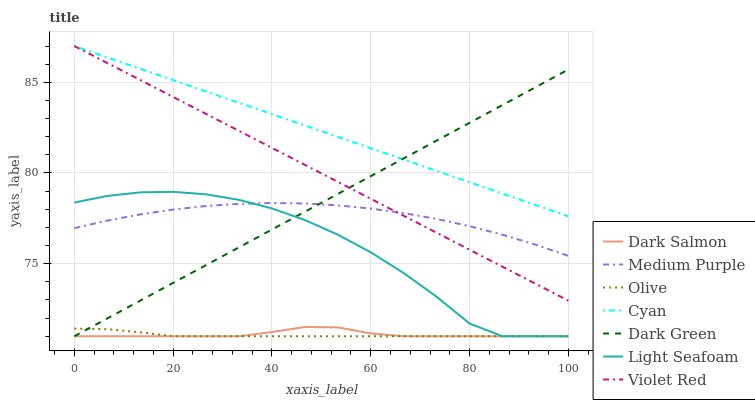
| xaxis_label | Dark Salmon | Medium Purple | Olive | Cyan | Dark Green | Light Seafoam | Violet Red |
 | --- | --- | --- | --- | --- | --- | --- | --- |
 | 0 | 71 | 77 | 71.4 | 87 | 71 | 78.4 | 87 |
 | 6.67 | 71 | 77.4 | 71.4 | 86.4 | 72 | 78.7 | 86.1 |
 | 13.3 | 71 | 77.7 | 71.2 | 85.7 | 73 | 78.9 | 85.1 |
 | 20 | 71 | 78 | 71 | 85.1 | 73.9 | 79 | 84.2 |
 | 26.7 | 71 | 78.2 | 71 | 84.5 | 74.9 | 78.8 | 83.3 |
 | 33.3 | 71 | 78.3 | 71 | 83.9 | 75.9 | 78.5 | 82.3 |
 | 40 | 71.2 | 78.3 | 71 | 83.2 | 76.9 | 78 | 81.4 |
 | 46.7 | 71.5 | 78.3 | 71 | 82.6 | 77.9 | 77.4 | 80.4 |
 | 53.3 | 71.5 | 78.2 | 71 | 82 | 78.8 | 76.6 | 79.5 |
 | 60 | 71.2 | 78 | 71 | 81.4 | 79.8 | 75.6 | 78.6 |
 | 66.7 | 71 | 77.8 | 71 | 80.7 | 80.8 | 74.5 | 77.6 |
 | 73.3 | 71 | 77.5 | 71 | 80.1 | 81.8 | 73.2 | 76.7 |
 | 80 | 71 | 77.1 | 71 | 79.5 | 82.8 | 71.7 | 75.8 |
 | 86.7 | 71 | 76.6 | 71 | 78.9 | 83.7 | 71 | 74.8 |
 | 93.3 | 71 | 76.1 | 71 | 78.2 | 84.7 | 71 | 73.9 |
 | 100 | 71 | 75.4 | 71 | 77.6 | 85.7 | 71 | 73 |